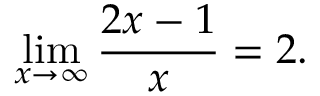
\operatorname* { l i m } _ { x \to \infty } { \frac { 2 x - 1 } { x } } = 2 .